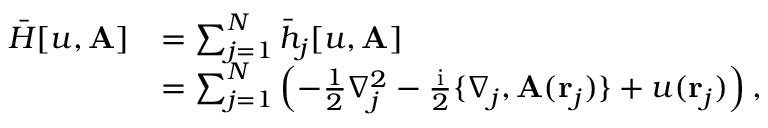
\begin{array} { r l } { \bar { H } [ u , \mathbf { A } ] } & { = \sum _ { j = 1 } ^ { N } \bar { h } _ { j } [ u , \mathbf { A } ] } \\ & { = \sum _ { j = 1 } ^ { N } \left( - \frac { 1 } { 2 } \nabla _ { j } ^ { 2 } - \frac { \mathrm { i } } { 2 } \{ \nabla _ { j } , \mathbf { A } ( \mathbf { r } _ { j } ) \} + u ( \mathbf { r } _ { j } ) \right) , } \end{array}